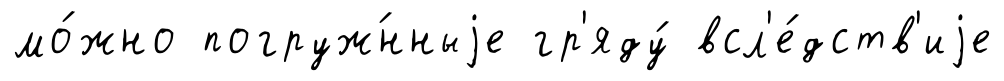
мо́жно погруж́нныjе гр'яду́ всл'е́дств'иjе